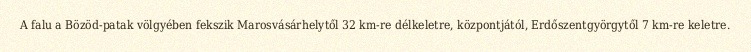
A falu a Bözöd-patak völgyében fekszik Marosvásárhelytől 32 km-re délkeletre, központjától, Erdőszentgyörgytől 7 km-re keletre.